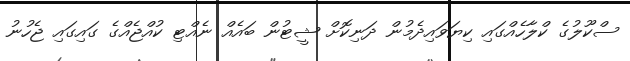
ސްކޫލުގެ ކްލާހެއްގައި ކިޔަވައިދެމުން ދަނިކޮށް ޝީޓުން ބައެއް ނެއްޓި ކުއްޖެއްގެ ގައިގައި ޖެހުނު